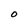
Character: O